Source: Handwritten
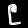
Digit: ၉ (9)